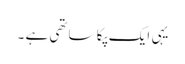
یہی ایک پکا ساتھی ہے ۔